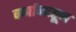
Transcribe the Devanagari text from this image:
वर्णानातून